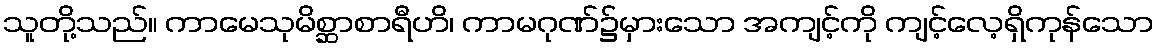
သူတို့သည်။ ကာမေသုမိစ္ဆာစာရီဟိ၊ ကာမဂုဏ်၌မှားသော အကျင့်ကို ကျင့်လေ့ရှိကုန်သော